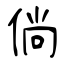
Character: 倘